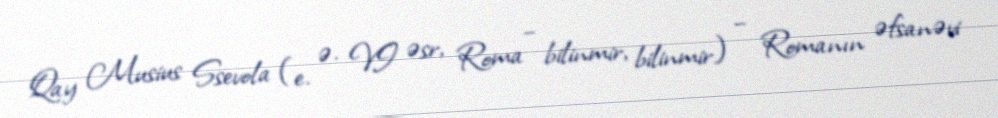
Qay Musius Ssevola (e. ə. VI əsr, Roma – bilinmir, bilinmir) – Romanın əfsanəvi